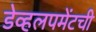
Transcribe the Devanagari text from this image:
डेव्हलपमेंटची